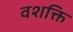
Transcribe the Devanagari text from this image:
वशक्ति